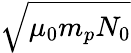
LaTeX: \sqrt{\mu_{0}m_{p}N_{0}}